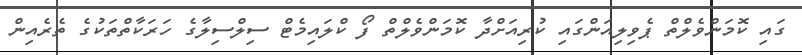
ގައި ކޮމަންވެލްތް ޕެވިލިއަންގައި ކުރިއަށްދާ ކޮމަންވެލްތް ފޯ ކްލައިމެޓް ސިލްސިލާގެ ހަރަކާތްތަކުގެ ތެރެއިން